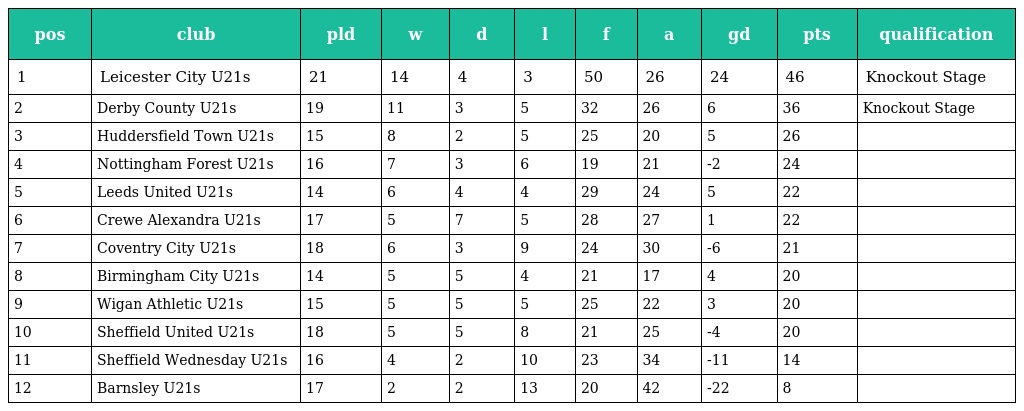
| pos | club | pld | w | d | l | f | a | gd | pts | qualification |
 | --- | --- | --- | --- | --- | --- | --- | --- | --- | --- | --- |
 | 1 | Leicester City U21s | 21 | 14 | 4 | 3 | 50 | 26 | 24 | 46 | Knockout Stage |
 | 2 | Derby County U21s | 19 | 11 | 3 | 5 | 32 | 26 | 6 | 36 | Knockout Stage |
 | 3 | Huddersfield Town U21s | 15 | 8 | 2 | 5 | 25 | 20 | 5 | 26 |  |
 | 4 | Nottingham Forest U21s | 16 | 7 | 3 | 6 | 19 | 21 | -2 | 24 |  |
 | 5 | Leeds United U21s | 14 | 6 | 4 | 4 | 29 | 24 | 5 | 22 |  |
 | 6 | Crewe Alexandra U21s | 17 | 5 | 7 | 5 | 28 | 27 | 1 | 22 |  |
 | 7 | Coventry City U21s | 18 | 6 | 3 | 9 | 24 | 30 | -6 | 21 |  |
 | 8 | Birmingham City U21s | 14 | 5 | 5 | 4 | 21 | 17 | 4 | 20 |  |
 | 9 | Wigan Athletic U21s | 15 | 5 | 5 | 5 | 25 | 22 | 3 | 20 |  |
 | 10 | Sheffield United U21s | 18 | 5 | 5 | 8 | 21 | 25 | -4 | 20 |  |
 | 11 | Sheffield Wednesday U21s | 16 | 4 | 2 | 10 | 23 | 34 | -11 | 14 |  |
 | 12 | Barnsley U21s | 17 | 2 | 2 | 13 | 20 | 42 | -22 | 8 |  |